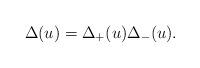
LaTeX: \begin{align*}\Delta(u)=\Delta_+(u)\Delta_-(u).\end{align*}